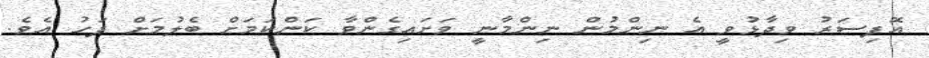
އޮފިސަރު ވިދާޅުވީ އެ ނިންމުން ނިންމާނީ ވަށައިގެންވާ ކަންކަމަށް ބެލުމަށް ފަހު އެވެ.